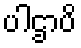
ပါဌာပိ